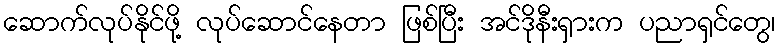
ဆောက်လုပ်နိုင်ဖို့ လုပ်ဆောင်နေတာ ဖြစ်ပြီး အင်ဒိုနီးရှားက ပညာရှင်တွေ၊